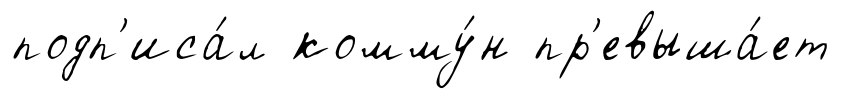
подп'иса́л комму́н пр'евыша́ет